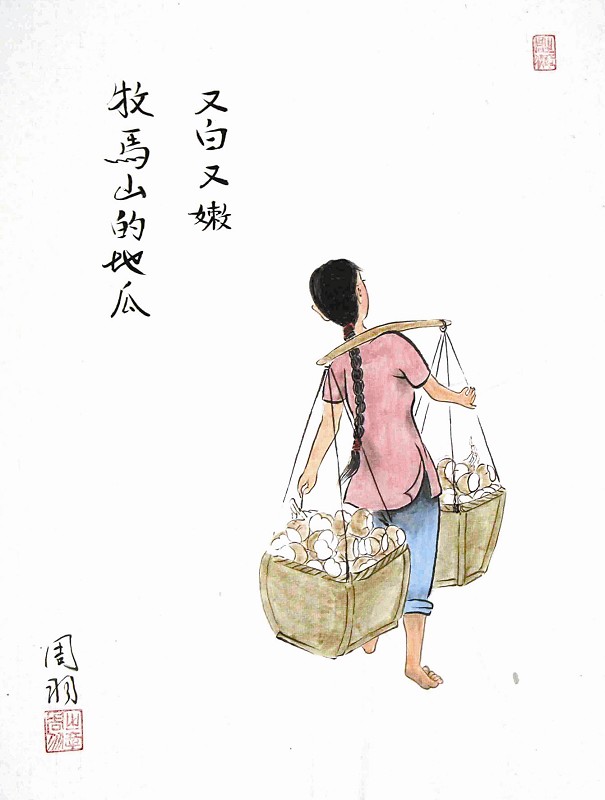
我自中宵成转侧，忍听湘弦重理。